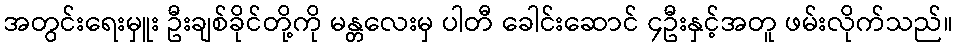
အတွင်းရေးမှူး ဦးချစ်ခိုင်တို့ကို မန္တလေးမှ ပါတီ ခေါင်းဆောင် ၄ဦးနှင့်အတူ ဖမ်းလိုက်သည်။